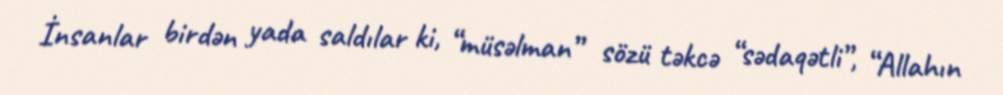
İnsanlar birdən yada saldılar ki, “müsəlman” sözü təkcə “sədaqətli”, “Allahın